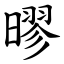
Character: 㬔